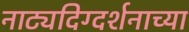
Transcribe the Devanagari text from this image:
नाट्यदिग्दर्शनाच्या